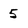
Character: 5